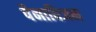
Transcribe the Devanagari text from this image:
पैनाविजन